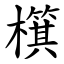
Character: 檱